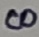
Text: 8